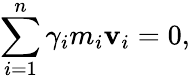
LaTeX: \sum_{i=1}^{n}\gamma_{i}m_{i}\mathbf{v}_{i}=0,